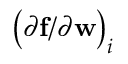
\left( { \partial { \bf f } } / { \partial { \bf w } } \right) _ { i }